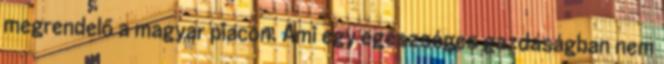
megrendelő a magyar piacon. Ami egy egészséges gazdaságban nem